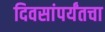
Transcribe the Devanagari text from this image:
दिवसांपर्यंतचा